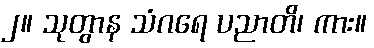
၂။ သုတွာန သံဂရေ ပညာတိ၊ ကား။